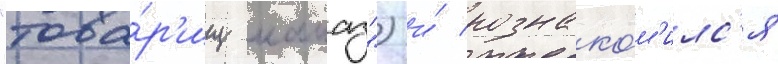
"това́р'ищ камаз") и́ познако́м'илс'я